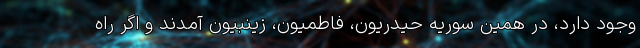
وجود دارد، در همین سوریه حیدریون، فاطمیون، زینبیون آمدند و اگر راه